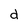
Character: d